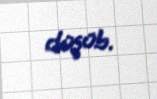
düşüb.